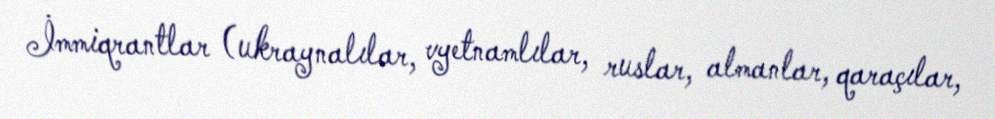
İmmiqrantlar (ukraynalılar, vyetnamlılar, ruslar, almanlar, qaraçılar,